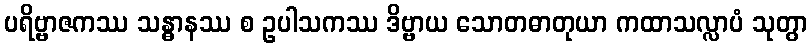
ပရိဗ္ဗာဇကဿ သန္ဓာနဿ စ ဥပါသကဿ ဒိဗ္ဗာယ သောတဓာတုယာ ကထာသလ္လာပံ သုတွာ